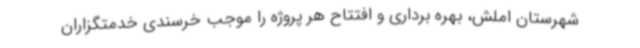
شهرستان املش، بهره برداری و افتتاح هر پروژه را موجب خرسندی خدمتگزاران